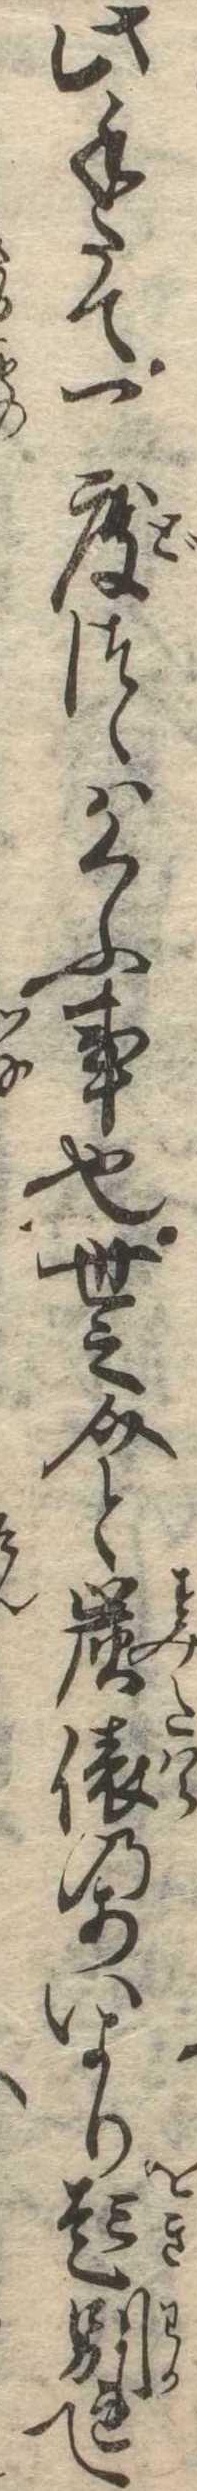
此手たて一度つゝはくふ事也世之介と炭俵のあいより起別れて